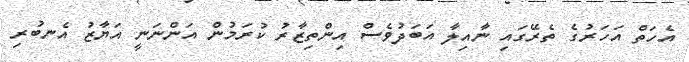
އެހަތް އަހަރުގެ ތެރޭގައި ނާއިލާ އަބަދުވެސް އިންތިޒާރު ކުރަމުން އަންނަނީ އަޔާޒު އެނބުރި